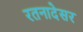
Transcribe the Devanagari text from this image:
रतनादेसर